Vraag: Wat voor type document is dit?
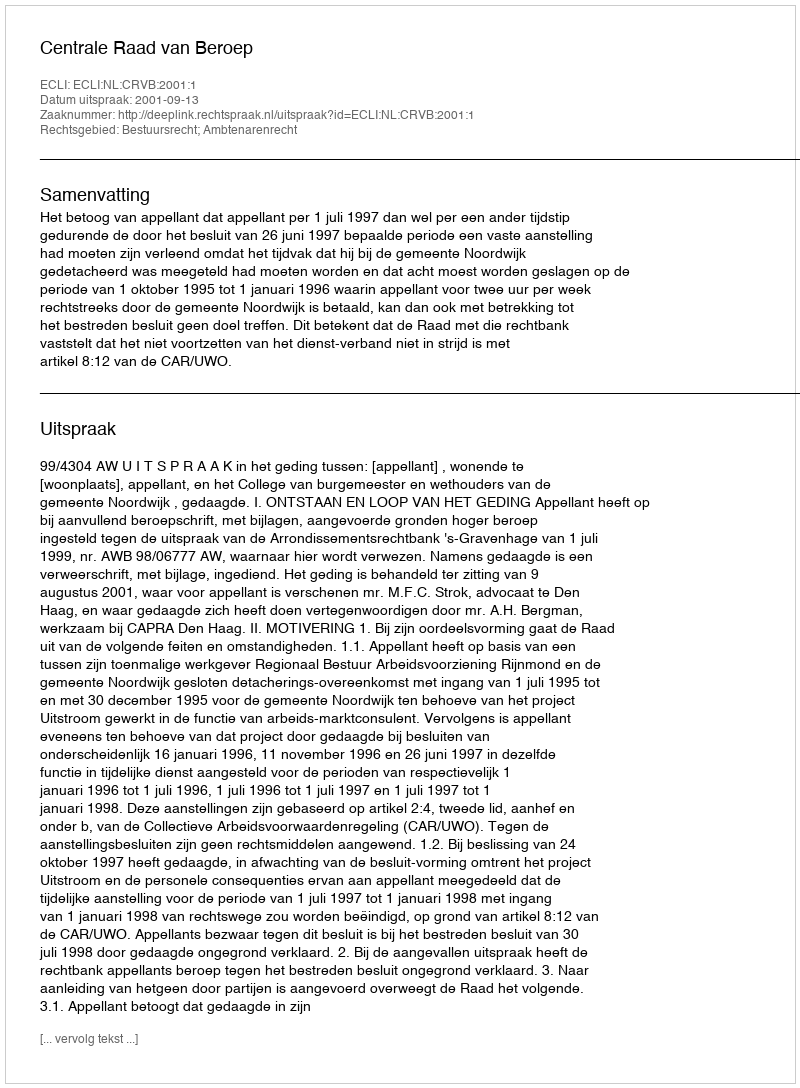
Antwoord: Uitspraak